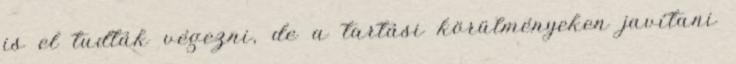
is el tudták végezni, de a tartási körülményeken javítani